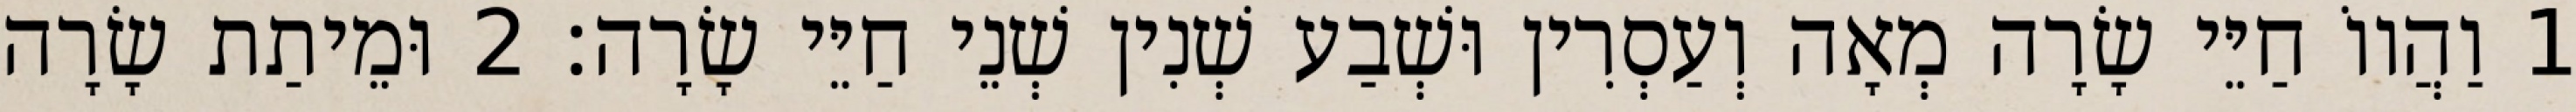
1 וַהֲווֹ חַיֵּי שָׂרָה מְאָה וְעַסְרִין וּשְׁבַע שְׁנִין שְׁנֵי חַיֵּי שָׂרָה׃ 2 וּמֵיתַת שָׂרָה